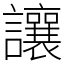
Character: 讓